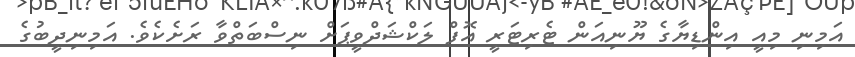
އަމިނި މިއީ އިންޑިޔާގެ ޔޫނިއަން ޓެރިޓަރީ އޮފް ލަކްޝަދްވީޕަށް ނިސްބަތްވާ ރަށެކެވެ. އަމިނިދީބުގެ